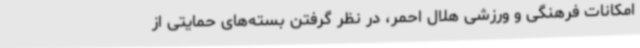
امکانات فرهنگی و ورزشی هلال احمر، در نظر گرفتن بسته‌های حمایتی ‌از